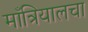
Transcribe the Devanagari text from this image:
माँत्रियालचा